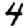
Digit: 4